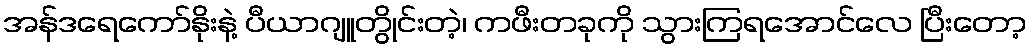
အန်ဒရေကော်နိုးနဲ့ ပီယာဂျူတွိုင်းတဲ့၊ ကဖီးတခုကို သွားကြရအောင်လေ ပြီးတော့